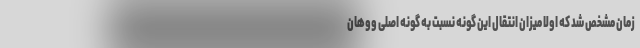
زمان مشخص شد که اولا میزان انتقال این گونه نسبت به گونه اصلی ووهان